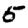
Digit: 5